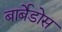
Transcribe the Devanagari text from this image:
बार्बेडोस